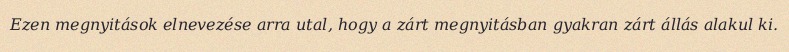
Ezen megnyitások elnevezése arra utal, hogy a zárt megnyitásban gyakran zárt állás alakul ki.